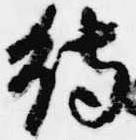
待